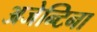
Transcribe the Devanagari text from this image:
अजेन्टिना